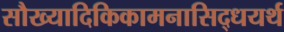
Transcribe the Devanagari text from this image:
सौख्यादिकिकामनासिद्धयर्थ